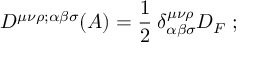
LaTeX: D ^ { \mu \nu \rho ; \alpha \beta \sigma } ( A ) = \frac { 1 } { 2 } \: \delta _ { \alpha \beta \sigma } ^ { \mu \nu \rho } D _ { F } \; ;